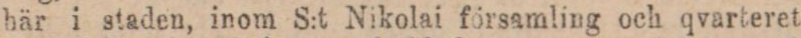
här i staden, inom S:t Nikolai församling och qvarteret